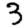
Digit: 3